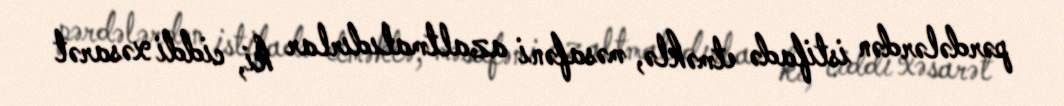
pərdələrdən istifadə etməklə, məsafəni azaltmalıdırlar ki, ciddi xəsarət